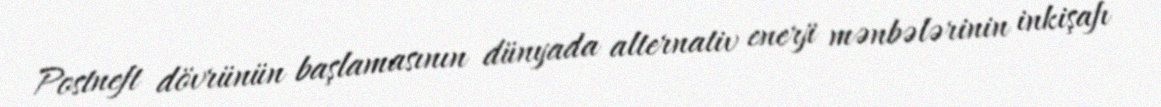
Postneft dövrünün başlamasının dünyada alternativ enerji mənbələrinin inkişafı